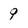
Character: 9